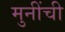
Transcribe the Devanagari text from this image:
मुनींची